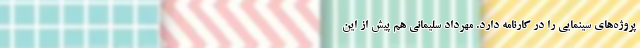
پروژه‌های سینمایی را در کارنامه دارد. مهرداد سلیمانی هم پیش از این